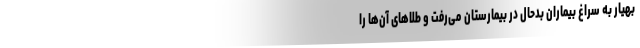
بهیار به سراغ بیماران بدحال در بیمارستان می‌رفت و طلا‌های آن‌ها را